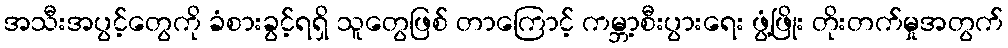
အသီးအပွင့်တွေကို ခံစားခွင့်ရရှိ သူတွေဖြစ် တာကြောင့် ကမ္ဘာ့စီးပွားရေး ဖွံ့ဖြိုး တိုးတက်မှုအတွက်